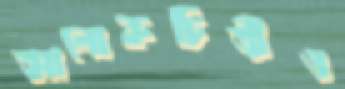
আলোকচিত্রীও